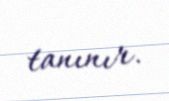
tanınır.